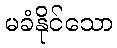
မခံနိုင်သော